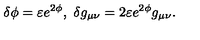
\delta \phi = \varepsilon e ^ { 2 \phi } , \ \delta g _ { \mu \nu } = 2 \varepsilon e ^ { 2 \phi } g _ { \mu \nu } .